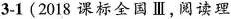
3-1(2018 课标全国Ⅲ,阅读理